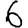
Digit: 6